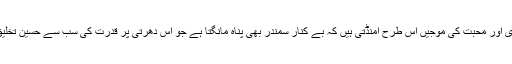
ہمدردی اور محبت کی موجیں اس طرح امنڈتی ہیں کہ بے کنار سمندر بھی پناہ مانگتا ہے جو اس دھرتی پر قدرت کی سب سے حسین تخلیق ہے۔